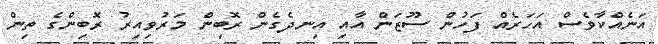
އަނެއްކާވެސް އަހަރެއް ފަހުން ސޫޒަން އާއި އިނދެގެން ރޮބިން މަރުވިއިރު ރޮބިންގެ ތިން